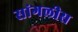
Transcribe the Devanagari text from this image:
सांगलीस